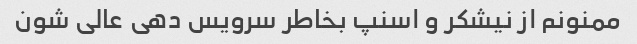
ممنونم از نیشکر و اسنپ بخاطر سرویس دهی عالی شون